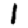
Digit: 1